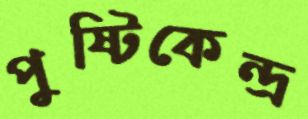
পুষ্টিকেন্দ্র